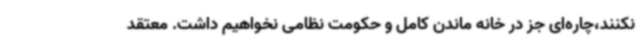
نکنند،چاره‌ای جز در خانه ماندن کامل و حکومت نظامی نخواهیم داشت. معتقد